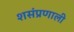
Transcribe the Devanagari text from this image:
शसंप्रणाली